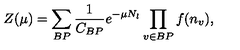
Z ( \mu ) = \sum _ { B P } \frac { 1 } { C _ { B P } } e ^ { - \mu N _ { l } } \prod _ { v \in B P } f ( n _ { v } ) ,